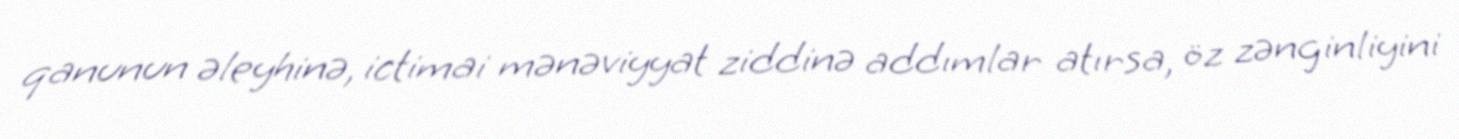
qanunun əleyhinə, ictimai mənəviyyat ziddinə addımlar atırsa, öz zənginliyini